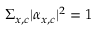
\Sigma _ { x , c } | \alpha _ { x , c } | ^ { 2 } = 1